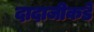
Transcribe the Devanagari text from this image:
दादाजीकडे